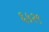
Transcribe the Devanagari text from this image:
६५२९